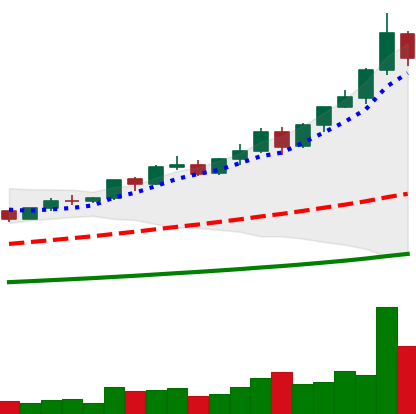
Ticker: BNB-USD
Chart end date: 2021-04-13
Forward return: -12.473%
Label: down_7plus